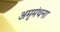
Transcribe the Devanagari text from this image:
अमृमंथना